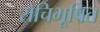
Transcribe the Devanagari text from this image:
रोचिभूषित